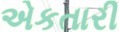
એકતારી